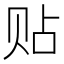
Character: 贴